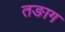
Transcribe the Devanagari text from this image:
तङाग